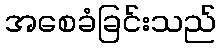
အစေခံခြင်းသည်